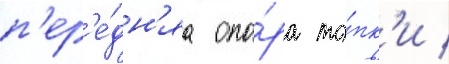
п'ер'е́дн'яа опо́ра то́пк'и /